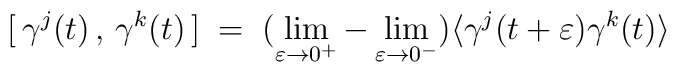
[\,\gamma^j(t)\,,\,\gamma^k(t)\,] \;=\; (\lim_{\varepsilon \to0^+}- \lim_{\varepsilon \to 0^-}) \langle \gamma^j(t+\varepsilon)\gamma^k(t) \rangle